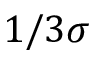
1 / 3 \sigma